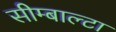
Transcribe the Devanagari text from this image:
सीम्बाल्टा